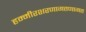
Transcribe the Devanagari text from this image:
हम्मीरशरणागतणागत